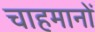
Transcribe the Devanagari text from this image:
चाहमानों